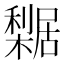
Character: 𣞴